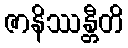
ဇာနိဿန္တီတိ